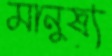
মানুষ্য